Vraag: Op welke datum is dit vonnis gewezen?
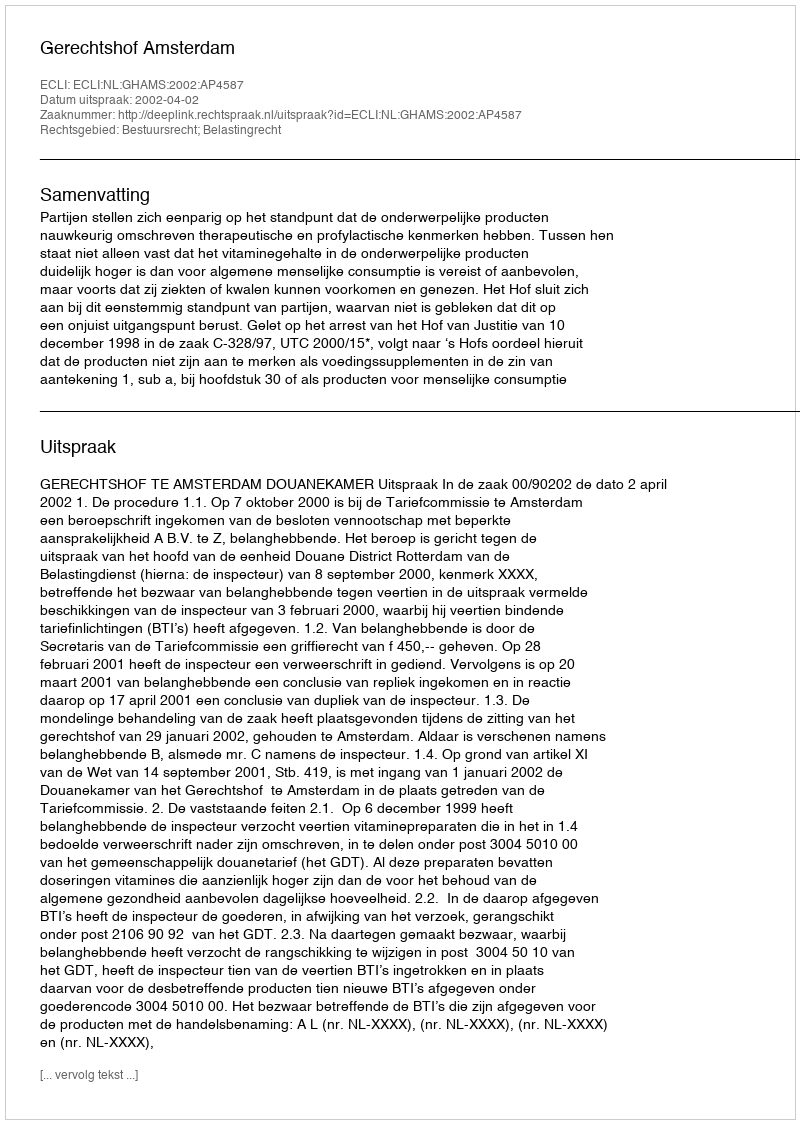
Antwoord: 2002-04-02